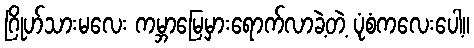
ဂြိုဟ်သားမလေး ကမ္ဘာမြေမှားရောက်လာခဲ့တဲ့ ပုံစံကလေးပေါ့။